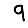
Digit: 9